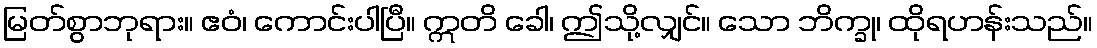
မြတ်စွာဘုရား။ ဧဝံ၊ ကောင်းပါပြီ။ ဣတိ ခေါ၊ ဤသို့လျှင်။ သော ဘိက္ခု၊ ထိုရဟန်းသည်။